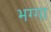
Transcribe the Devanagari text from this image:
भग्गा